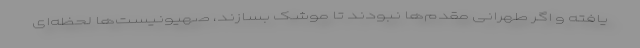
یافته و اگر طهرانی مقدم‌ها نبودند تا موشک بسازند، صهیونیست‌ها لحظه‌ای